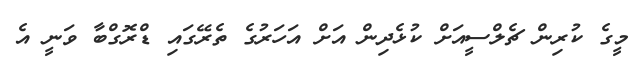
މީގެ ކުރިން ޗެލްސީއަށް ކުޅެދިން އަށް އަހަރުގެ ތެރޭގައި ޑްރޮގްބާ ވަނީ އެ